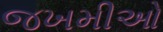
જખમીઓ